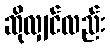
ဆိုလျှင်လည်း